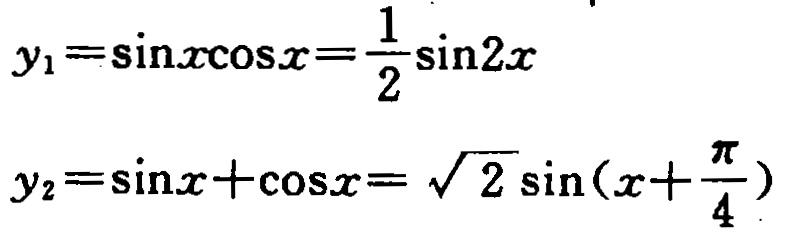
\[
\begin{align*}
y_1&=\sin x\cos x=\frac{1}{2}\sin2x\\
y_2&=\sin x + \cos x=\sqrt{2}\sin\left(x + \frac{\pi}{4}\right)
\end{align*}
\]